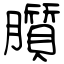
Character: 䑇